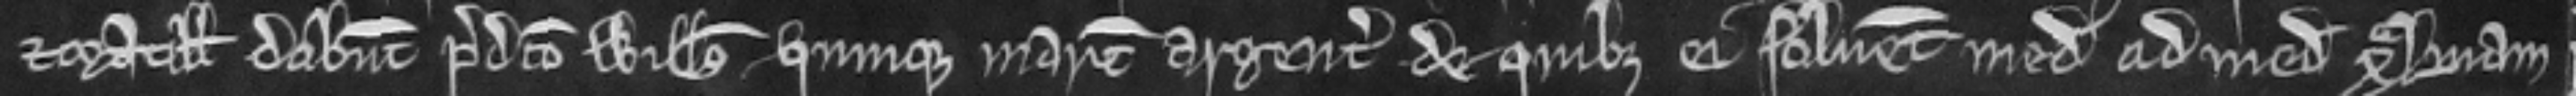
et Matillis dabunt predicto Willelmo quinque marcas argenti de quibus ei solvent meditatem ad mediam quadragesimam